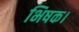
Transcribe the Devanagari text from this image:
भिषक।